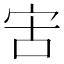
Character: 㝒